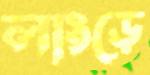
লাংড়ে